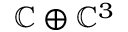
\mathbb { C } \oplus \mathbb { C } ^ { 3 }